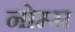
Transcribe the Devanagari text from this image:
नोम्स